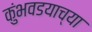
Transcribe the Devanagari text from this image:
कुंभवडयाच्या